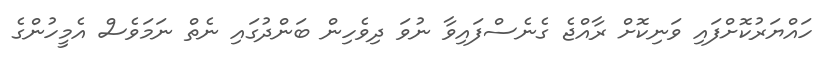
ހައްޔަރުކޮށްފައި ވަނިކޮށް ރާއްޖެ ގެނެސްފައިވާ ނުވަ ދިވެހިން ބަންދުގައި ނެތް ނަމަވެސް އެމީހުންގެ